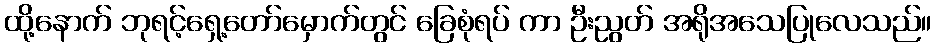
ထို့နောက် ဘုရင့်ရှေ့တော်မှောက်တွင် ခြေစုံရပ် ကာ ဦးညွတ် အရိုအသေပြုလေသည်။